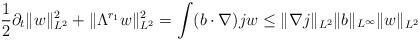
LaTeX: \begin{align*}\frac{1}{2}\partial_{t} \lVert w\rVert_{L^{2}}^{2} + \lVert \Lambda^{r_{1}} w\rVert_{L^{2}}^{2} = \int (b\cdot\nabla) j w \leq \lVert \nabla j\rVert_{L^{2}} \lVert b\rVert_{L^{\infty}} \lVert w\rVert_{L^{2}} \end{align*}